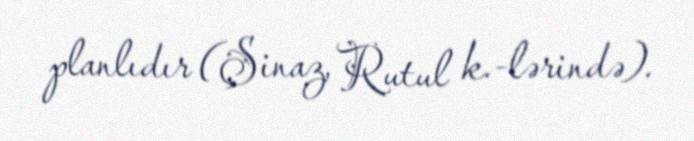
planlıdır (Şinaz, Rutul k.-lərində).